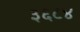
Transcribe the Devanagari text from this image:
३६८४